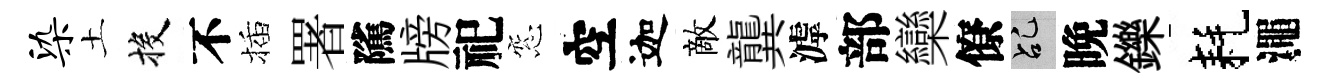
染土投不插署隲牓祀窓空迦敵龔滹部欒僚乩晚鑠耗澠